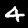
Digit: 4